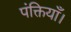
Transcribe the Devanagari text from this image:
पंक्तियाँ।